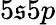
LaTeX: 5\mathfrak{s}5p